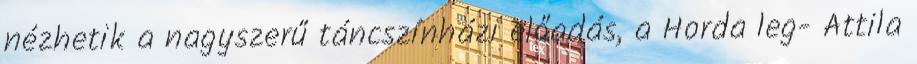
nézhetik a nagyszerű táncszínházi előadás, a Horda leg- Attila